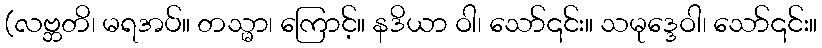
(လဗ္ဘတိ၊ မရအပ်။ တသ္မာ၊ ကြောင့်။ နဒိယာ ဝါ၊ သော်၎င်း။ သမုဒ္ဒေဝါ၊ သော်၎င်း။